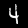
Digit: 4